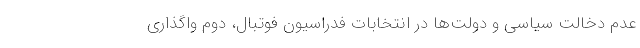
عدم دخالت سیاسی و دولت‌ها در انتخابات فدراسیون فوتبال، دوم واگذاری